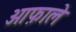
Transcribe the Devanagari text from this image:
ओफ़ाले